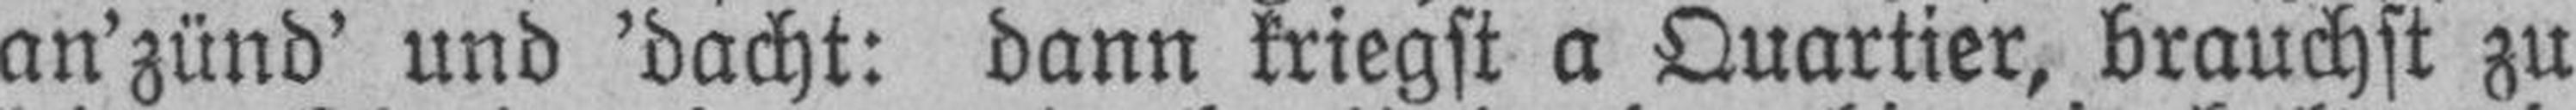
an’zünd’ und ’dacht: dann kriegst a Quartier, brauchst zu